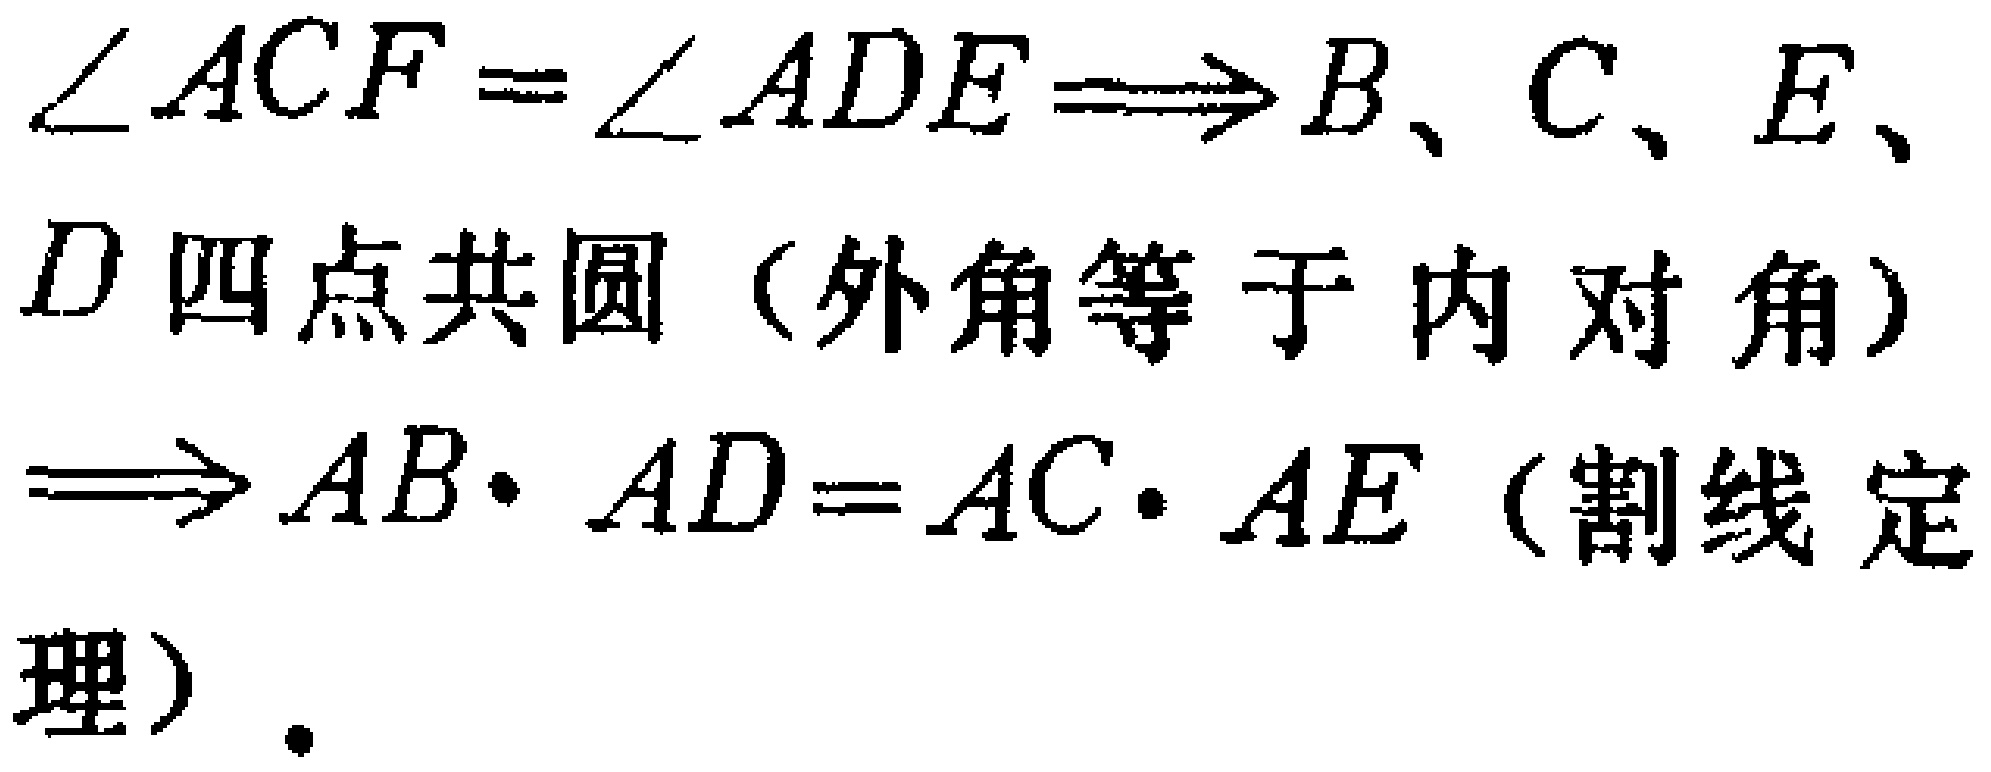
\(\angle ACF=\angle ADE\Longrightarrow B、C、E、D\) 四点共圆（外角等于内对角）

\(\Longrightarrow AB\cdot AD = AC\cdot AE\)（割线定理）.